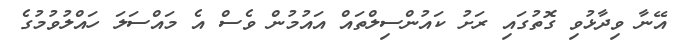
އޭނާ ވިދާޅުވި ގޮތުގައި ރަށު ކައުންސިލްތައް އައުމުން ވެސް އެ މައްސަލަ ހައްލުވުމުގެ